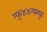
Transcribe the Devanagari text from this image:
ग्फ्४४ग्फ्ग्फ्